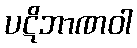
ပဋိဘာဏဝါ